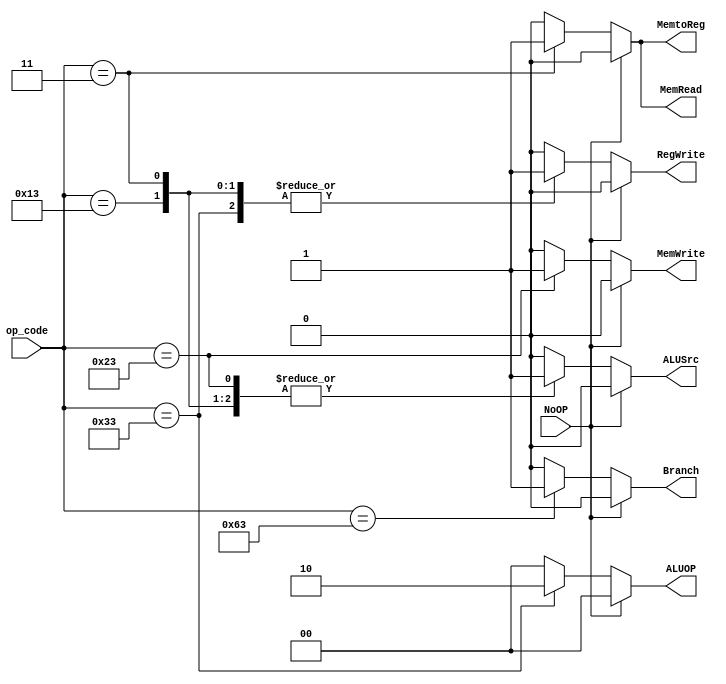
module Control(op_code, ALUOP, ALUSrc, RegWrite, MemtoReg, MemRead, MemWrite, NoOP, Branch);
    input [6:0] op_code;
    input NoOP;
    output reg [1:0] ALUOP;
    output reg ALUSrc;
    output reg RegWrite;
    output reg MemtoReg;
    output reg MemRead;
    output reg MemWrite;
    output reg Branch;

    always @(*) begin
        if (NoOP) begin
            ALUSrc = 1'b0;
            ALUOP = 2'b00;
            RegWrite = 1'b0;
            MemtoReg = 1'b0;
            MemRead = 1'b0;
            MemWrite = 1'b0;
            Branch = 1'b0;
        end
        else begin
            case (op_code)
                7'b0110011: begin // r-type
                    ALUSrc = 1'b0;
                    ALUOP = 2'b10;
                    RegWrite = 1'b1;
                    MemtoReg = 1'b0;
                    MemRead = 1'b0;
                    MemWrite = 1'b0;
                    Branch = 1'b0;
                end
                7'b0010011: begin // I-type
                    ALUSrc = 1'b1;
                    ALUOP = 2'b00;
                    RegWrite = 1'b1;
                    MemtoReg = 1'b0;
                    MemRead = 1'b0;
                    MemWrite = 1'b0;
                    Branch = 1'b0;
                end
                7'b0000011: begin // lw
                    ALUSrc = 1'b1;
                    ALUOP = 2'b00;
                    RegWrite = 1'b1;
                    MemtoReg = 1'b1;
                    MemRead = 1'b1;
                    MemWrite = 1'b0;
                    Branch = 1'b0;
                end
                7'b0100011: begin // sw
                    ALUSrc = 1'b1;
                    ALUOP = 2'b00;
                    RegWrite = 1'b0;
                    MemtoReg = 1'b0;
                    MemRead = 1'b0;
                    MemWrite = 1'b1;
                    Branch = 1'b0;
                end
                7'b1100011: begin // beq
                    ALUSrc = 1'b0;
                    ALUOP = 2'b00;
                    RegWrite = 1'b0;
                    MemtoReg = 1'b0;
                    MemRead = 1'b0;
                    MemWrite = 1'b0;
                    Branch = 1'b1;
                end
                default: begin // beq
                    ALUSrc = 1'b0;
                    ALUOP = 2'b00;
                    RegWrite = 1'b0;
                    MemtoReg = 1'b0;
                    MemRead = 1'b0;
                    MemWrite = 1'b0;
                    Branch = 1'b0;
                end
            endcase
        end
    end
endmodule

module Imm_Gen(in, out);
    input [31:0] in;
    output [31:0] out;

    reg [31:0] out;

    always @(*)begin
    case (in[6:0]) // op code
        7'b0010011: // addi or srai
            case (in[14:12]) // funct3
                3'b000: // addi
                    out = {{20{in[31]}}, in[31:20]};
                default: // srai
                    out = {{27{in[24]}}, in[24:20]};
            endcase
        7'b0000011: // lw
            out = {{20{in[31]}}, in[31:20]};
        7'b0100011: // sw
            out = {{20{in[31]}}, in[31:25], in[11:7]};
        7'b1100011: // beq
            out = {{20{in[31]}}, in[31], in[7], in[30:25], in[11:8]};
        default:
            out = 32'b0;
    endcase
    end
endmodule

module Hazard_Detection(EX_MemRead, EX_rd_addr, ID_rs1_addr, ID_rs2_addr, NoOP, PCWrite, Stall);
    input EX_MemRead;
    input [4:0] EX_rd_addr; 
    input [4:0] ID_rs1_addr; 
    input [4:0] ID_rs2_addr; 
    output reg NoOP; 
    output reg PCWrite; 
    output reg Stall;

    always @(*) begin
        if (EX_MemRead && ( EX_rd_addr == ID_rs1_addr | EX_rd_addr == ID_rs2_addr )) begin
            NoOP = 1'b1;
            PCWrite = 1'b0;
            Stall = 1'b1;
        end
        else begin
            NoOP = 1'b0;
            PCWrite = 1'b1;
            Stall = 1'b0;
        end
    end
endmodule

module Branch_Controller(ID_rs1, ID_rs2, ID_Branch, out);
    input [31:0] ID_rs1; 
    input [31:0] ID_rs2; 
    input ID_Branch; 
    output out;
    assign out = ID_Branch & (ID_rs1 == ID_rs2);
endmodule

module Branch_Address_Resolver(immd, ID_PC, branch_addr);
    input [31:0] immd;
    input [31:0] ID_PC; 
    output [31:0] branch_addr;
    assign branch_addr = ID_PC + (immd << 1);
endmodule